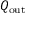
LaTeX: Q _ { \mathrm { { o u t } } }